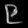
Digit: ၉